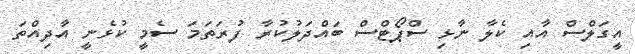
އީގަލްސް އާއި ކެލާ ނާޅި ސްޕޯޓްސް ބައްދަލުކުރާ ފުރަތަމަ ސެމީ ކުޅެނީ އާދިއްތަ